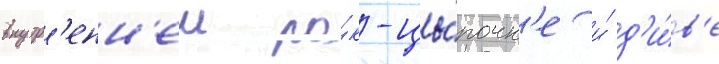
внутр'енн'еи ро́к-цы́почк'е и́ д'и́в'е